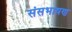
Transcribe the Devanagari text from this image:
संसभाषण